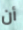
أن